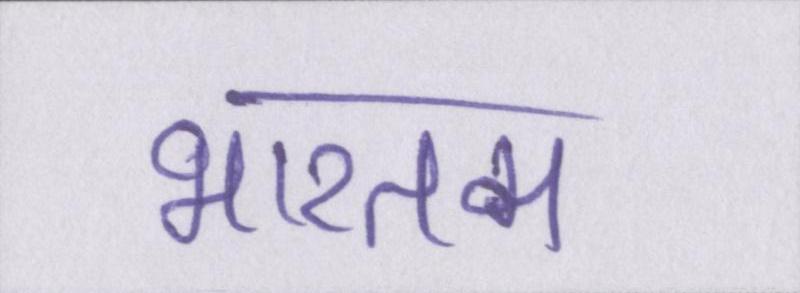
भारतम